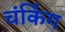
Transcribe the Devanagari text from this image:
चंकिंग